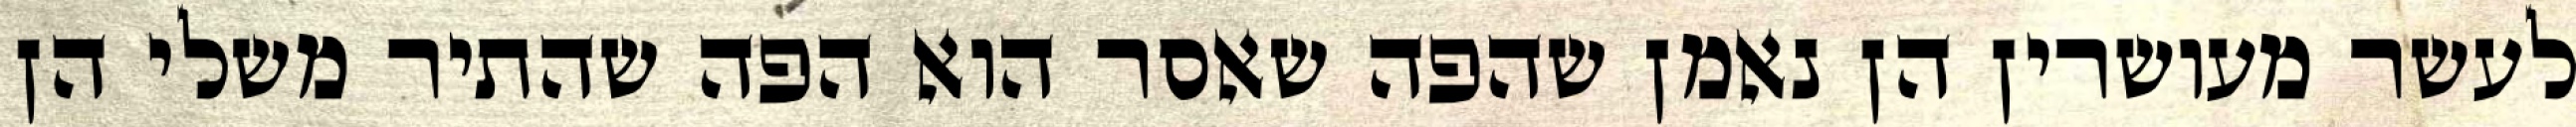
לעשר מעושרין הן נאמן שהפה שאסר הוא הפה שהתיר משלי הן